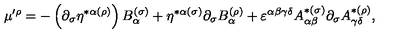
\mu ^ { \prime \rho } = - \left( \partial _ { \sigma } \eta ^ { * \alpha ( \rho ) } \right) B _ { \alpha } ^ { ( \sigma ) } + \eta ^ { * \alpha ( \sigma ) } \partial _ { \sigma } B _ { \alpha } ^ { ( \rho ) } + \varepsilon ^ { \alpha \beta \gamma \delta } A _ { \alpha \beta } ^ { * ( \sigma ) } \partial _ { \sigma } A _ { \gamma \delta } ^ { * ( \rho ) } ,